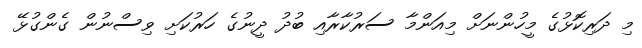
މި ދަރިކޮޅުގެ މީހުންނަށް މިއަންމާ ސަރުކާރާއި ބުދު ދީނުގެ ހަރުކަށި ވިސްނުން ގެންގުޅޭ